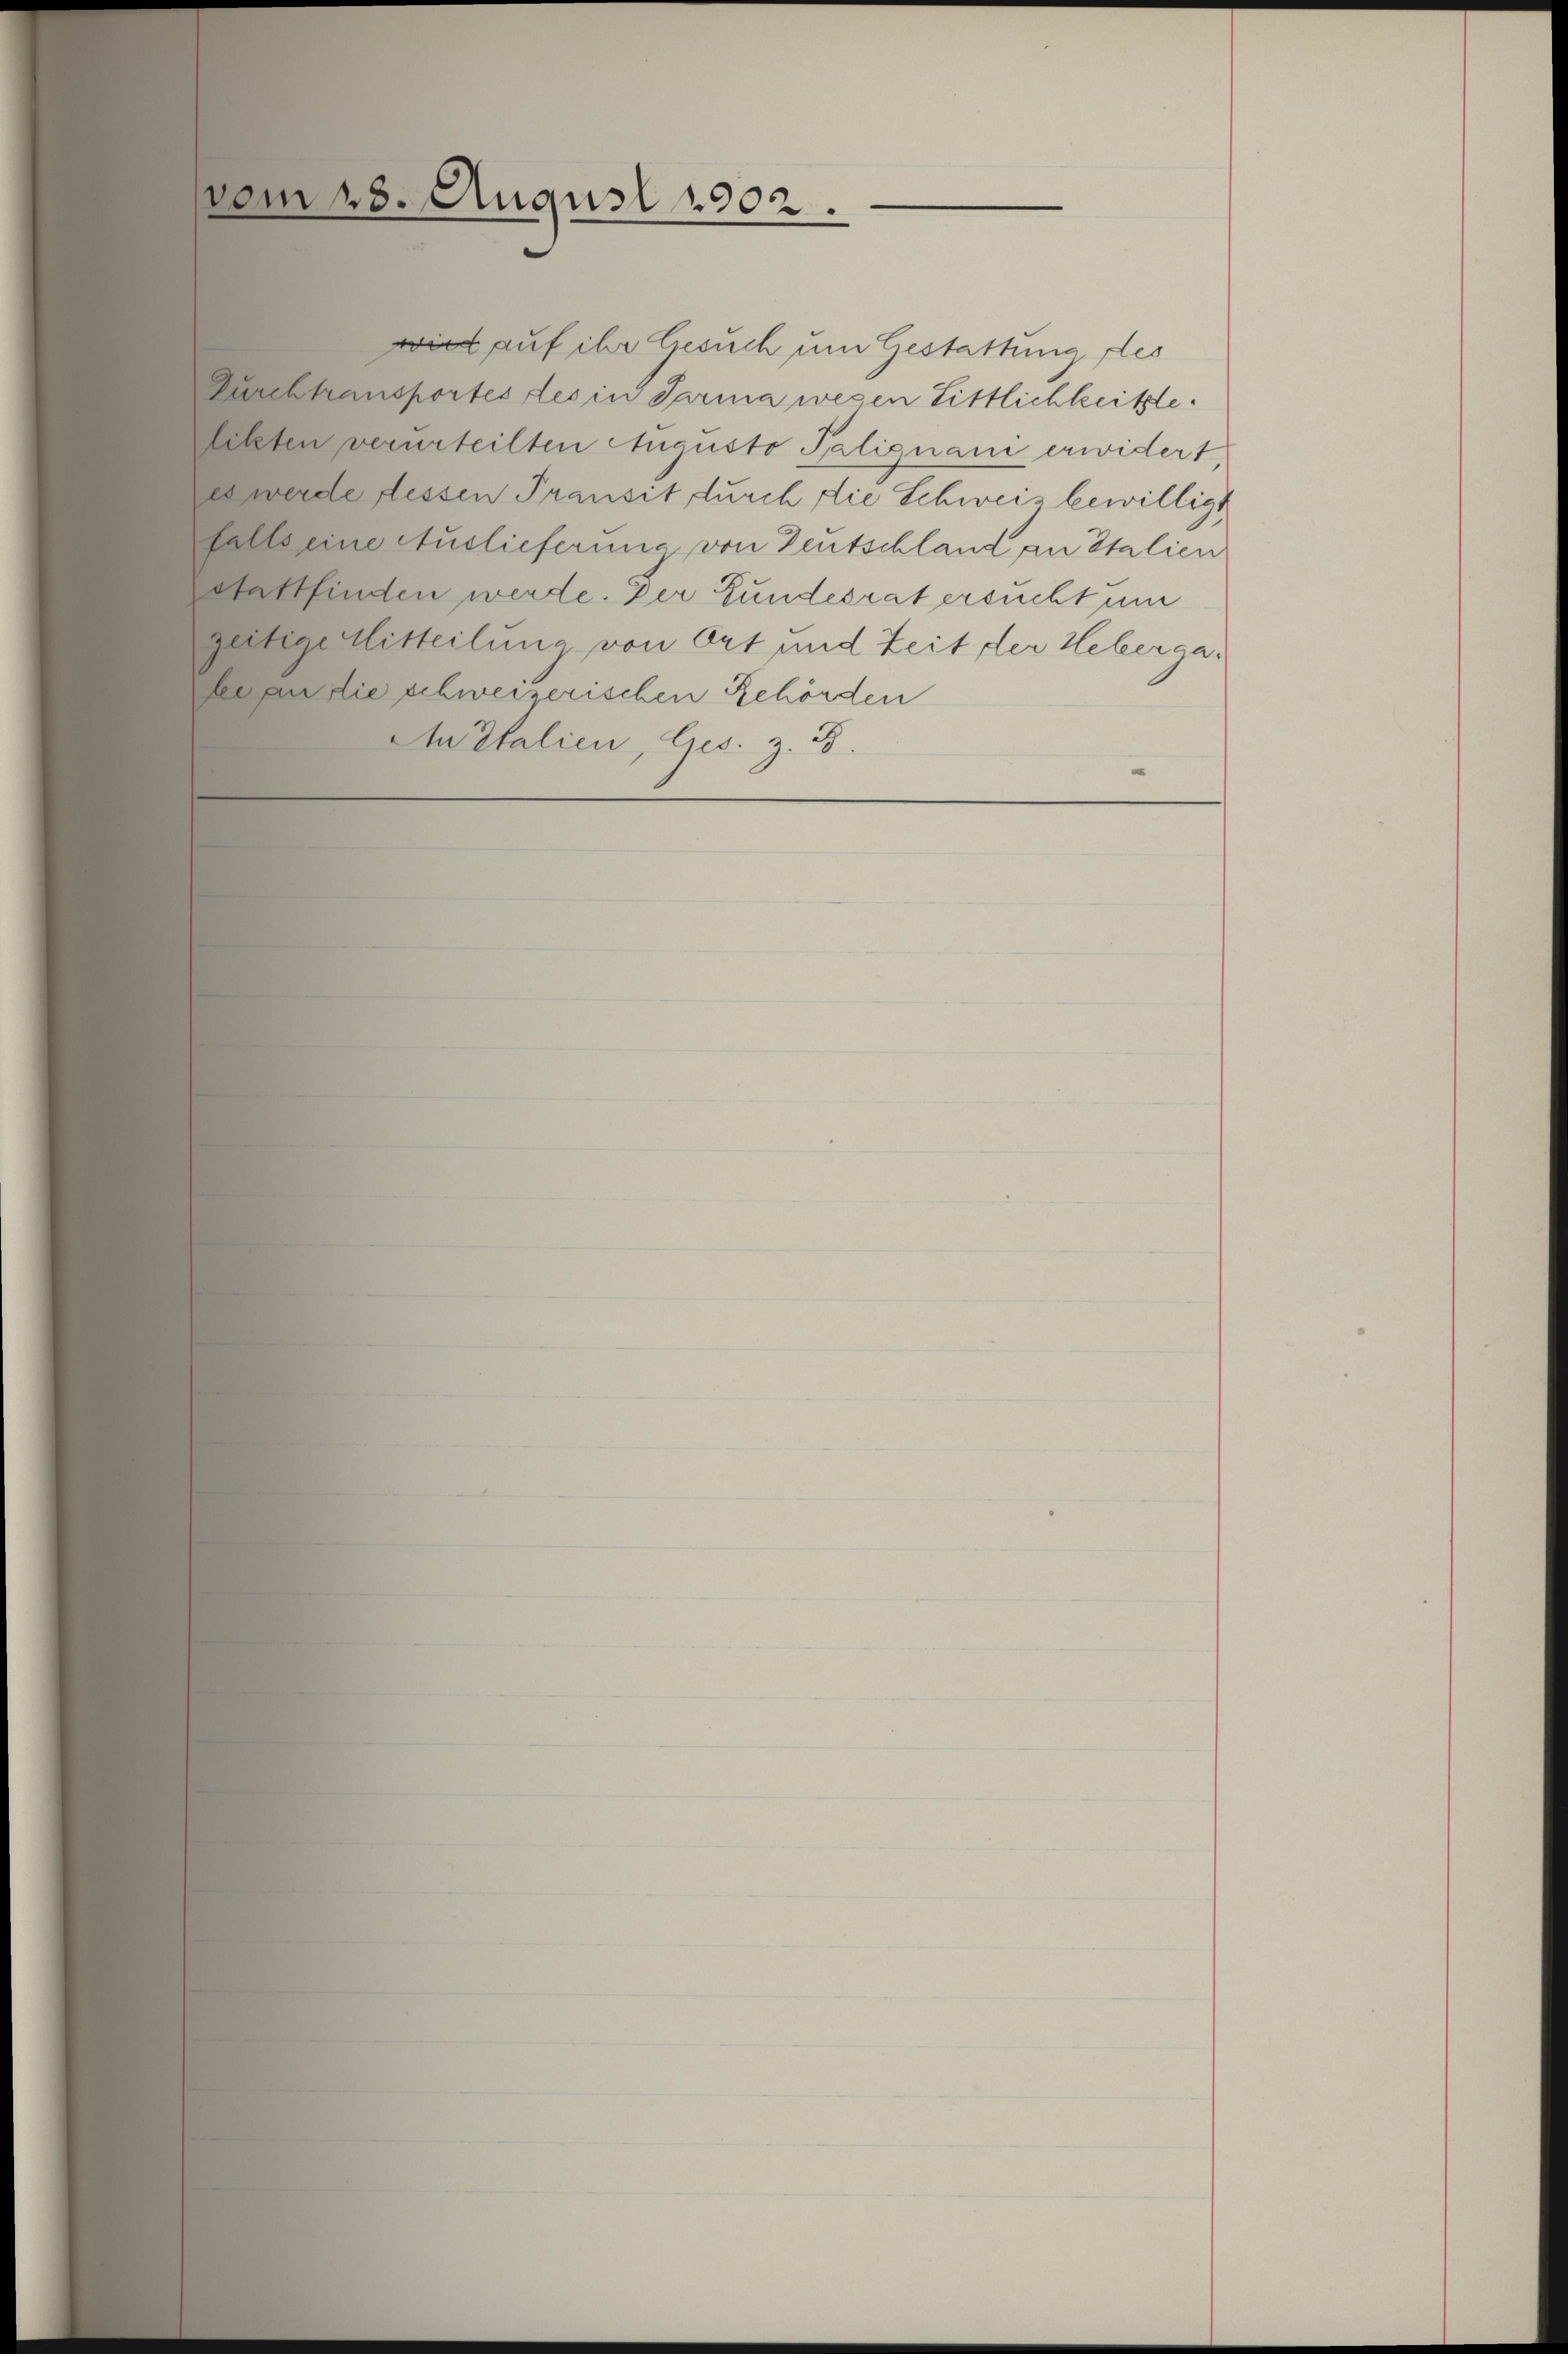
am 28. August 1902.

wird auf ihr Gesuch um Gestattung des
Durchtransportes des in Parma wegen Sittlichkeitste
letzten verurteilten Augusto Palignani erwidert,
es werde dessen Transit durch die Schweis bewilligt
falls eine Auslieferung von Deutschland an Stalien
Stattfinden werde. Der Bundesrat ersucht um
geitige Mitteilung von Ort und Zeit der Hebergabe an die schweizerischen Behörden
An Italien, lies. z. B.